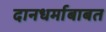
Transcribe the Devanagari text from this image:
दानधर्माबाबत